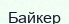
Байкер